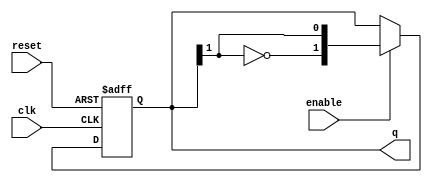
module modified_johnson_counter #(
    parameter N = 2 // Number of bits for the counter
) (
    input wire clk,        // Clock input
    input wire reset,      // Reset signal
    input wire enable,     // Enable signal
    output reg [N-1:0] q   // Counter output
);

    always @(posedge clk or posedge reset) begin
        if (reset) begin
            // Initialize the counter to 0
            q <= {N{1'b0}};
        end else if (enable) begin
            // Modified Johnson Counter logic
            // Feedback from the last flip-flop (inverted) to the first
            q <= {~q[N-1], q[N-1:N-1]}; // Shift and feedback
        end
    end

endmodule